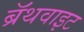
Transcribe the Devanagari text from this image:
ब्रॅथवाइट